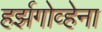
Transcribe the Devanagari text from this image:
हर्झगोव्हेना